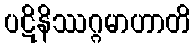
ပဋိနိဿဂ္ဂမာဟာတိ